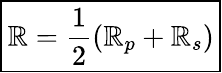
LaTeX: \boxed{\mathbb{R}=\frac{{1}}{{2}}(\mathbb{R}_{p}+\mathbb{R}_{s})}